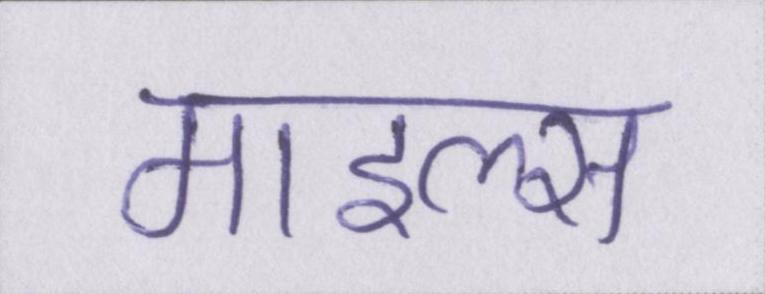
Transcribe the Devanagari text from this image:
माइल्स